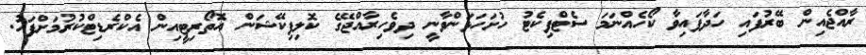
ރާއްޖެއިން ބޭރުފައި ހަދާފައިވާ ކޯހެއްނަމަ ސެޓްފިކެޓު ހުށަހަޅަންވާނީ ދިވެހިރާއްޖޭގެ ކޮލިފިކޭޝަން އޮތޯރިޓީއިން އެކްރެޑިޓްކުރުމަށްފަހު.